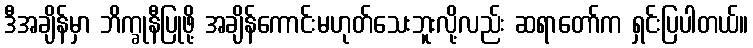
ဒီအချိန်မှာ ဘိက္ခုနီပြုဖို့ အချိန်ကောင်းမဟုတ်သေးဘူးလို့လည်း ဆရာတော်က ရှင်းပြပါတယ်။